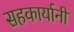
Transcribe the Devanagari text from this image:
सहकार्यानी